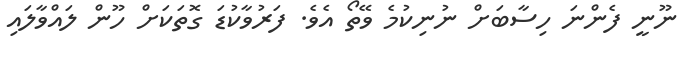
ނޫނީ ފެންނަ ހިސާބަށް ނުނިކުމެ ވޭތޯ އެވެ. ފަރުވާކުޑަ ގޮތަކަށް ހޫން ލައްވާލައި